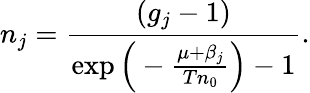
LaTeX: n_{j}=\frac{(g_{j}-1)}{\exp{\Big(-\frac{\mu+\beta_{j}}{Tn_{0}}\Big)}-1}.